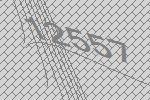
12557